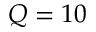
Q = 1 0